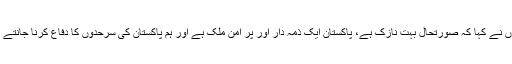
انہوں نے کہا کہ صورتحال بہت نازک ہے، پاکستان ایک ذمہ دار اور پر امن ملک ہے اور ہم پاکستان کی سرحدوں کا دفاع کرنا جانتے ہیں۔